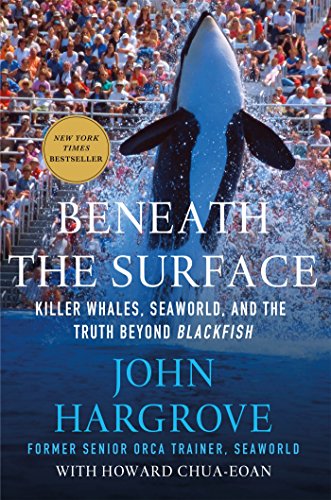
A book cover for Beneath the Surface: Killer Whales, SeaWorld, and the Truth Beyond Blackfish; John Hargrove; Science & Math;